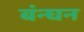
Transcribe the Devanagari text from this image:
बंन्घन